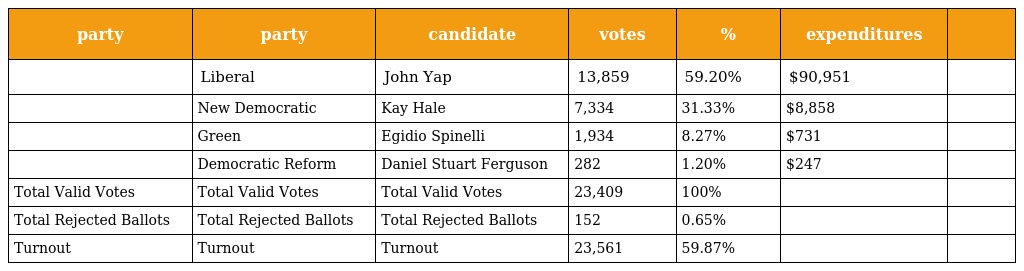
| party | party | candidate | votes | % | expenditures |  |
 | --- | --- | --- | --- | --- | --- | --- |
 |  | Liberal | John Yap | 13,859 | 59.20% | $90,951 |  |
 |  | New Democratic | Kay Hale | 7,334 | 31.33% | $8,858 |  |
 |  | Green | Egidio Spinelli | 1,934 | 8.27% | $731 |  |
 |  | Democratic Reform | Daniel Stuart Ferguson | 282 | 1.20% | $247 |  |
 | Total Valid Votes | Total Valid Votes | Total Valid Votes | 23,409 | 100% |  |  |
 | Total Rejected Ballots | Total Rejected Ballots | Total Rejected Ballots | 152 | 0.65% |  |  |
 | Turnout | Turnout | Turnout | 23,561 | 59.87% |  |  |